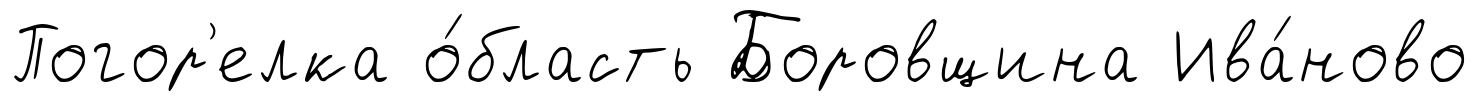
Погор'елка о́бласть Боровщина Ива́ново